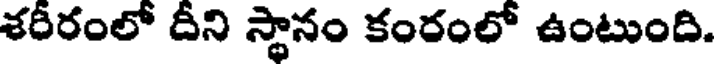
శరీరంలో దీని స్థానం కంరంలో ఉంటుంది.